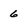
Character: 6